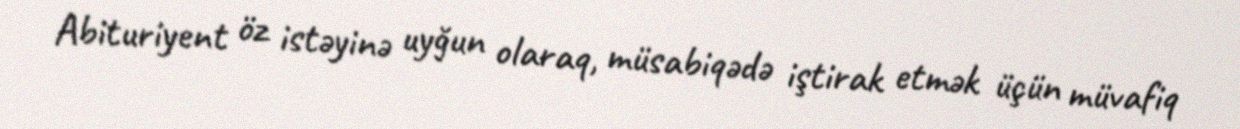
Abituriyent öz istəyinə uyğun olaraq, müsabiqədə iştirak etmək üçün müvafiq